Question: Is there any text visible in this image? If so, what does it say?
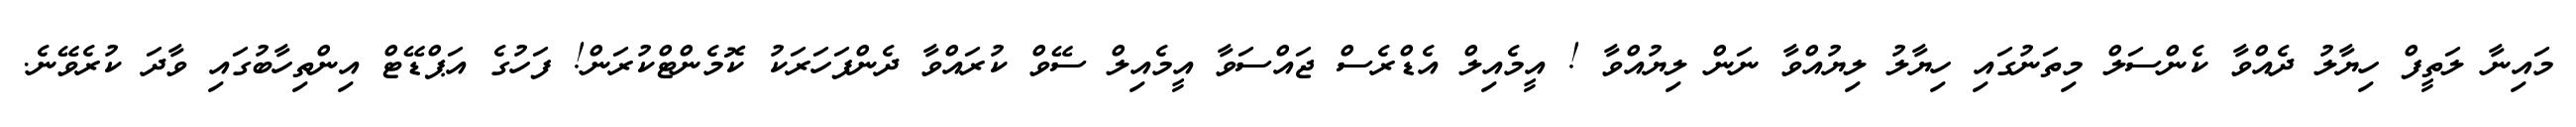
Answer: މައިނާ ލަތީފް ހިޔާލު ދެއްވާ ކެންސަލް މިތަނުގައި ހިޔާލު ލިޔުއްވާ ނަން ލިޔުއްވާ ! އީމެއިލް އެޑްރެސް ޖައްސަވާ އީމެއިލް ސޭވް ކުރައްވާ ދެންފަހަރަކު ކޮމެންޓްކުރަން! ފަހުގެ އަޕްޑޭޓް އިންތިހާބުގައި ވާދަ ކުރެވޭނެ.